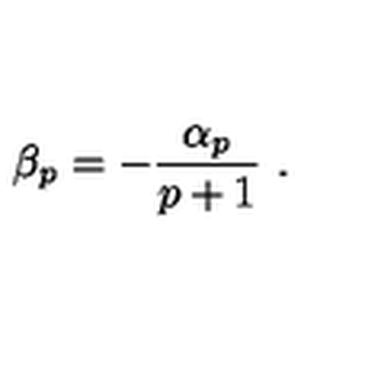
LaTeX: \beta _ { p } = - \frac { \alpha _ { p } } { p + 1 } \ .